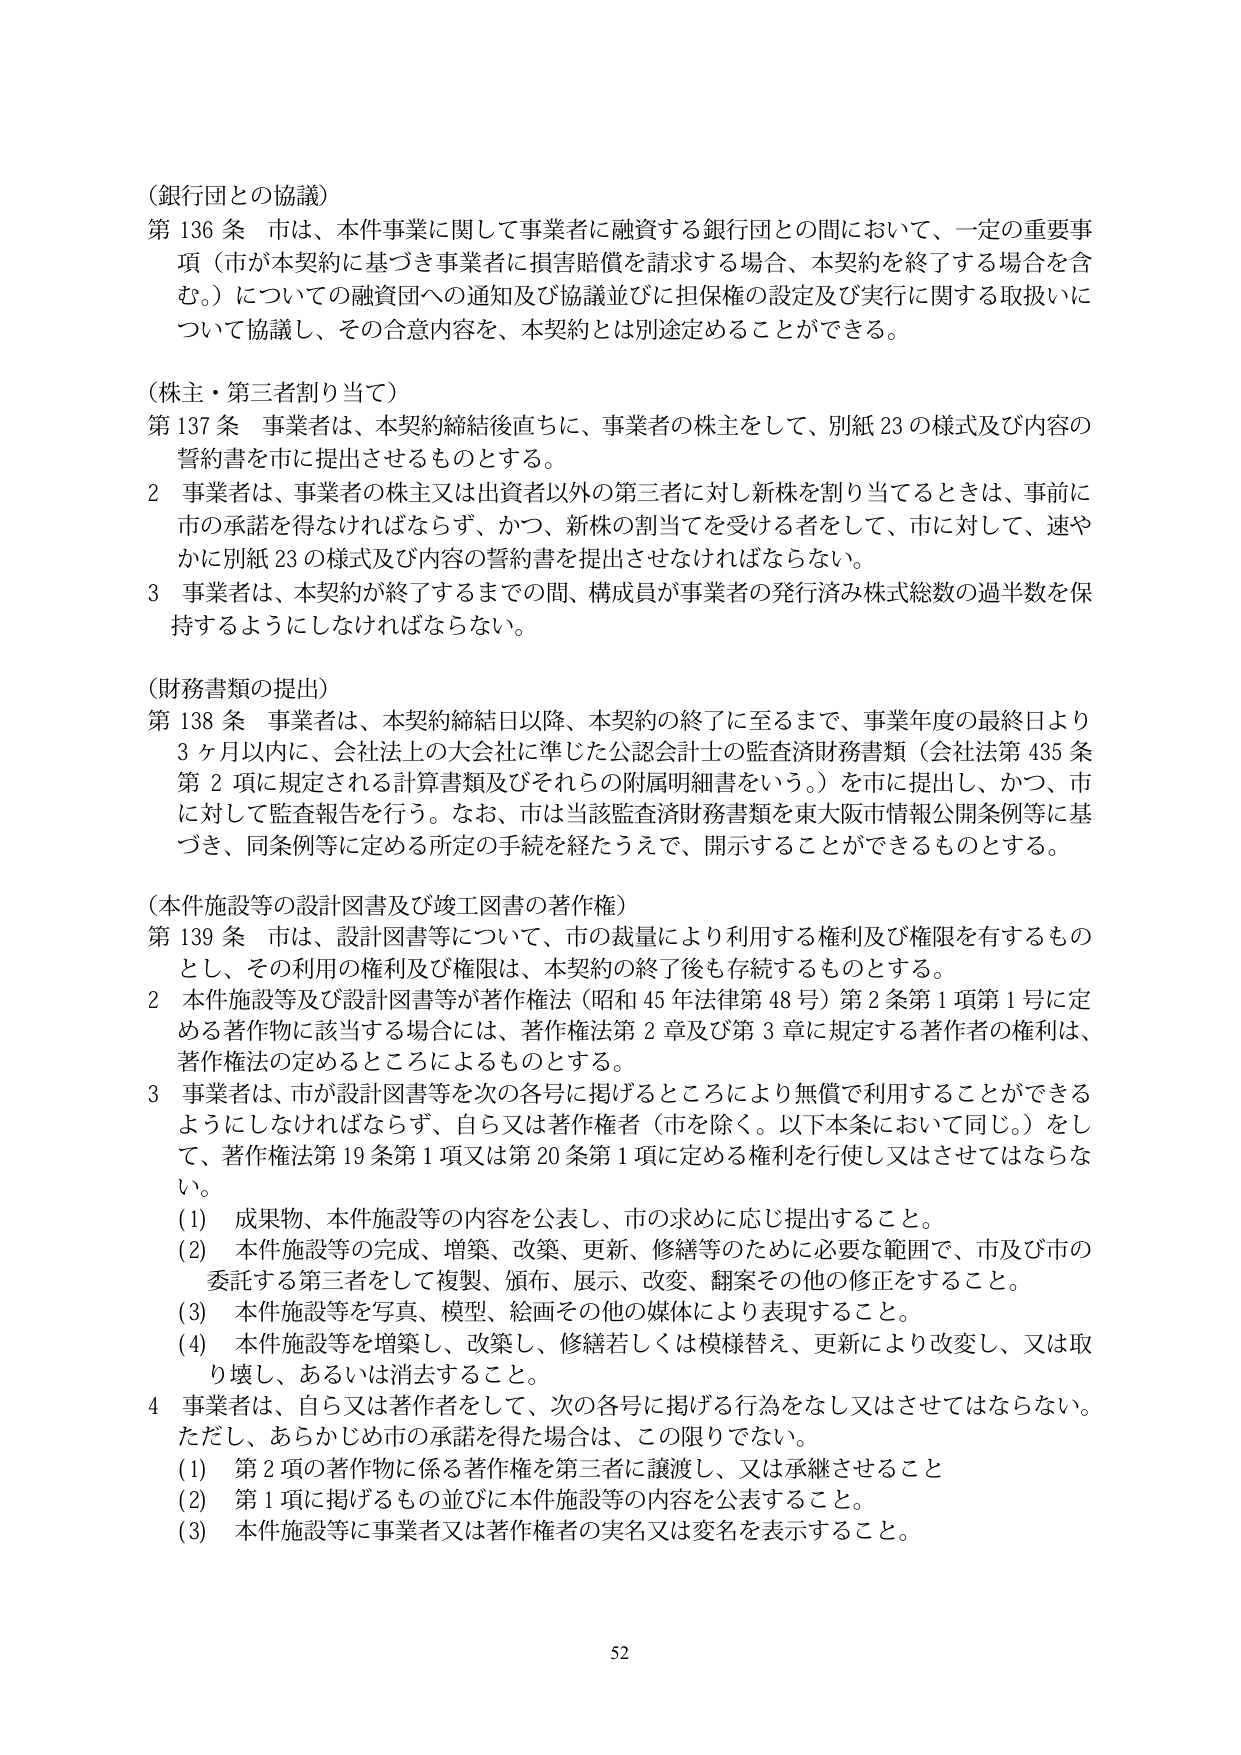
（銀行団との協議）
第136条 市は、本件事業に関して事業者に融資する銀行団との間において、一定の重要事項（市が本契約に基づき事業者に損害賠償を請求する場合、本契約を終了する場合を含む。）についての融資団への通知及び協議並びに担保権の設定及び実行に関する取扱いについて協議し、その合意内容を、本契約とは別途定めることができる。

（株主・第三者割り当て）
第137条 事業者は、本契約締結後直ちに、事業者の株主をして、別紙23の様式及び内容の誓約書を市に提出させるものとする。
2 事業者は、事業者の株主又は出資者以外の第三者に対し新株を割り当てるときは、事前に市の承諾を得なければならない。かつ、新株の割当てを受ける者をして、市に対して、速やかに別紙23の様式及び内容の誓約書を提出させなければならない。
3 事業者は、本契約が終了するまでの間、構成員が事業者の発行済み株式総数の過半数を保持するようにしなければならない。

（財務書類の提出）
第138条 事業者は、本契約締結日以降、本契約の終了に至るまで、事業年度の最終日より3ヶ月以内に、会社法上の大会社に準じた公認会計士の監査済財務書類（会社法第435条第2項に規定される計算書類及びそれらの附属明細書をいう。）を市に提出し、かつ、市に対して監査報告を行う。なお、市は当該監査済財務書類を東大阪市情報公開条例等に基づき、同条例等に定める所定の手続を経たうえで、開示することができるものとする。

（本件施設等の設計図書及び竣工図書の著作権）
第139条 市は、設計図書等について、市の裁量により利用する権利及び権限を有するものとし、その利用の権利及び権限は、本契約の終了後も存続するものとする。
2 本件施設等及び設計図書等が著作権法（昭和45年法律第48号）第2条第1項第1号に定める著作物に該当する場合には、著作権法第2章及び第3章に規定する著作者の権利は、著作権法の定めるところによるものとする。
3 事業者は、市が設計図書等を次の各号に掲げるところにより無償で利用することができるようにしなければならず、自ら又は著作権者（市を除く。以下本条において同じ。）をして、著作権法第19条第1項又は第20条第1項に定める権利を行使し又はさせてはならない。
(1) 成果物、本件施設等の内容を公表し、市の求めに応じ提出すること。
(2) 本件施設等の完成、増築、改築、更新、修繕等のために必要な範囲で、市及び市の委託する第三者をして複製、頒布、展示、改変、翻案その他の修正をすること。
(3) 本件施設等を写真、模型、絵画その他の媒体により表現すること。
(4) 本件施設等を増築し、改築し、修繕若しくは模様替え、更新により改変し、又は取り壊し、あるいは消去すること。
4 事業者は、自ら又は著作権者をして、次の各号に掲げる行為をなし又はさせてはならない。ただし、あらかじめ市の承諾を得た場合は、この限りでない。
(1) 第2項の著作物に係る著作権を第三者に譲渡し、又は承継させること
(2) 第1項に掲げるもの並びに本件施設等の内容を公表すること。
(3) 本件施設等に事業者又は著作権者の実名又は変名を表示すること。

52